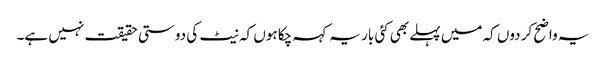
یہ واضح کر دوں کہ میں پہلے بھی کئی بار یہ کہہ چکا ہوں کہ نیٹ کی دوستی حقیقت نہیں ہے۔